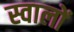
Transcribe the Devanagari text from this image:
स्वालों